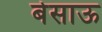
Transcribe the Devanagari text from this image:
बेसाऊ